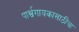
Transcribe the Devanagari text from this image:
पार्श्वगायकासाठीचा